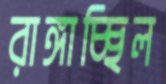
রাঙ্গাচ্ছিল